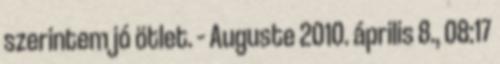
szerintem jó ötlet. – Auguste 2010. április 8., 08:17